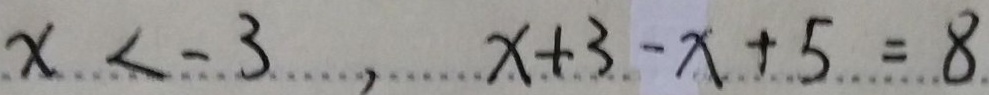
x < - 3 , x + 3 - x + 5 = 8